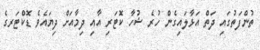
ތުންފަތުގައި ދަތް އަޅާލައިގެން ހުރެ ޝުހާ ކޮޓަރި އާއި ދިމާއަށް ދިޔައެވެ ޑޮކްޓަރގެ